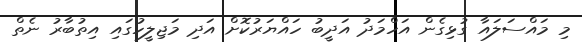
މި މައްސަލައާ ގުޅިގެން އަހްމަދު އަދީބު ހައްޔަރުކޮށް އަދި މަޖިލީހުގައި އިތުބާރު ނެތް